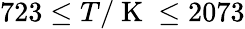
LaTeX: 723\le T/\mathrm{~K~}\le 2073